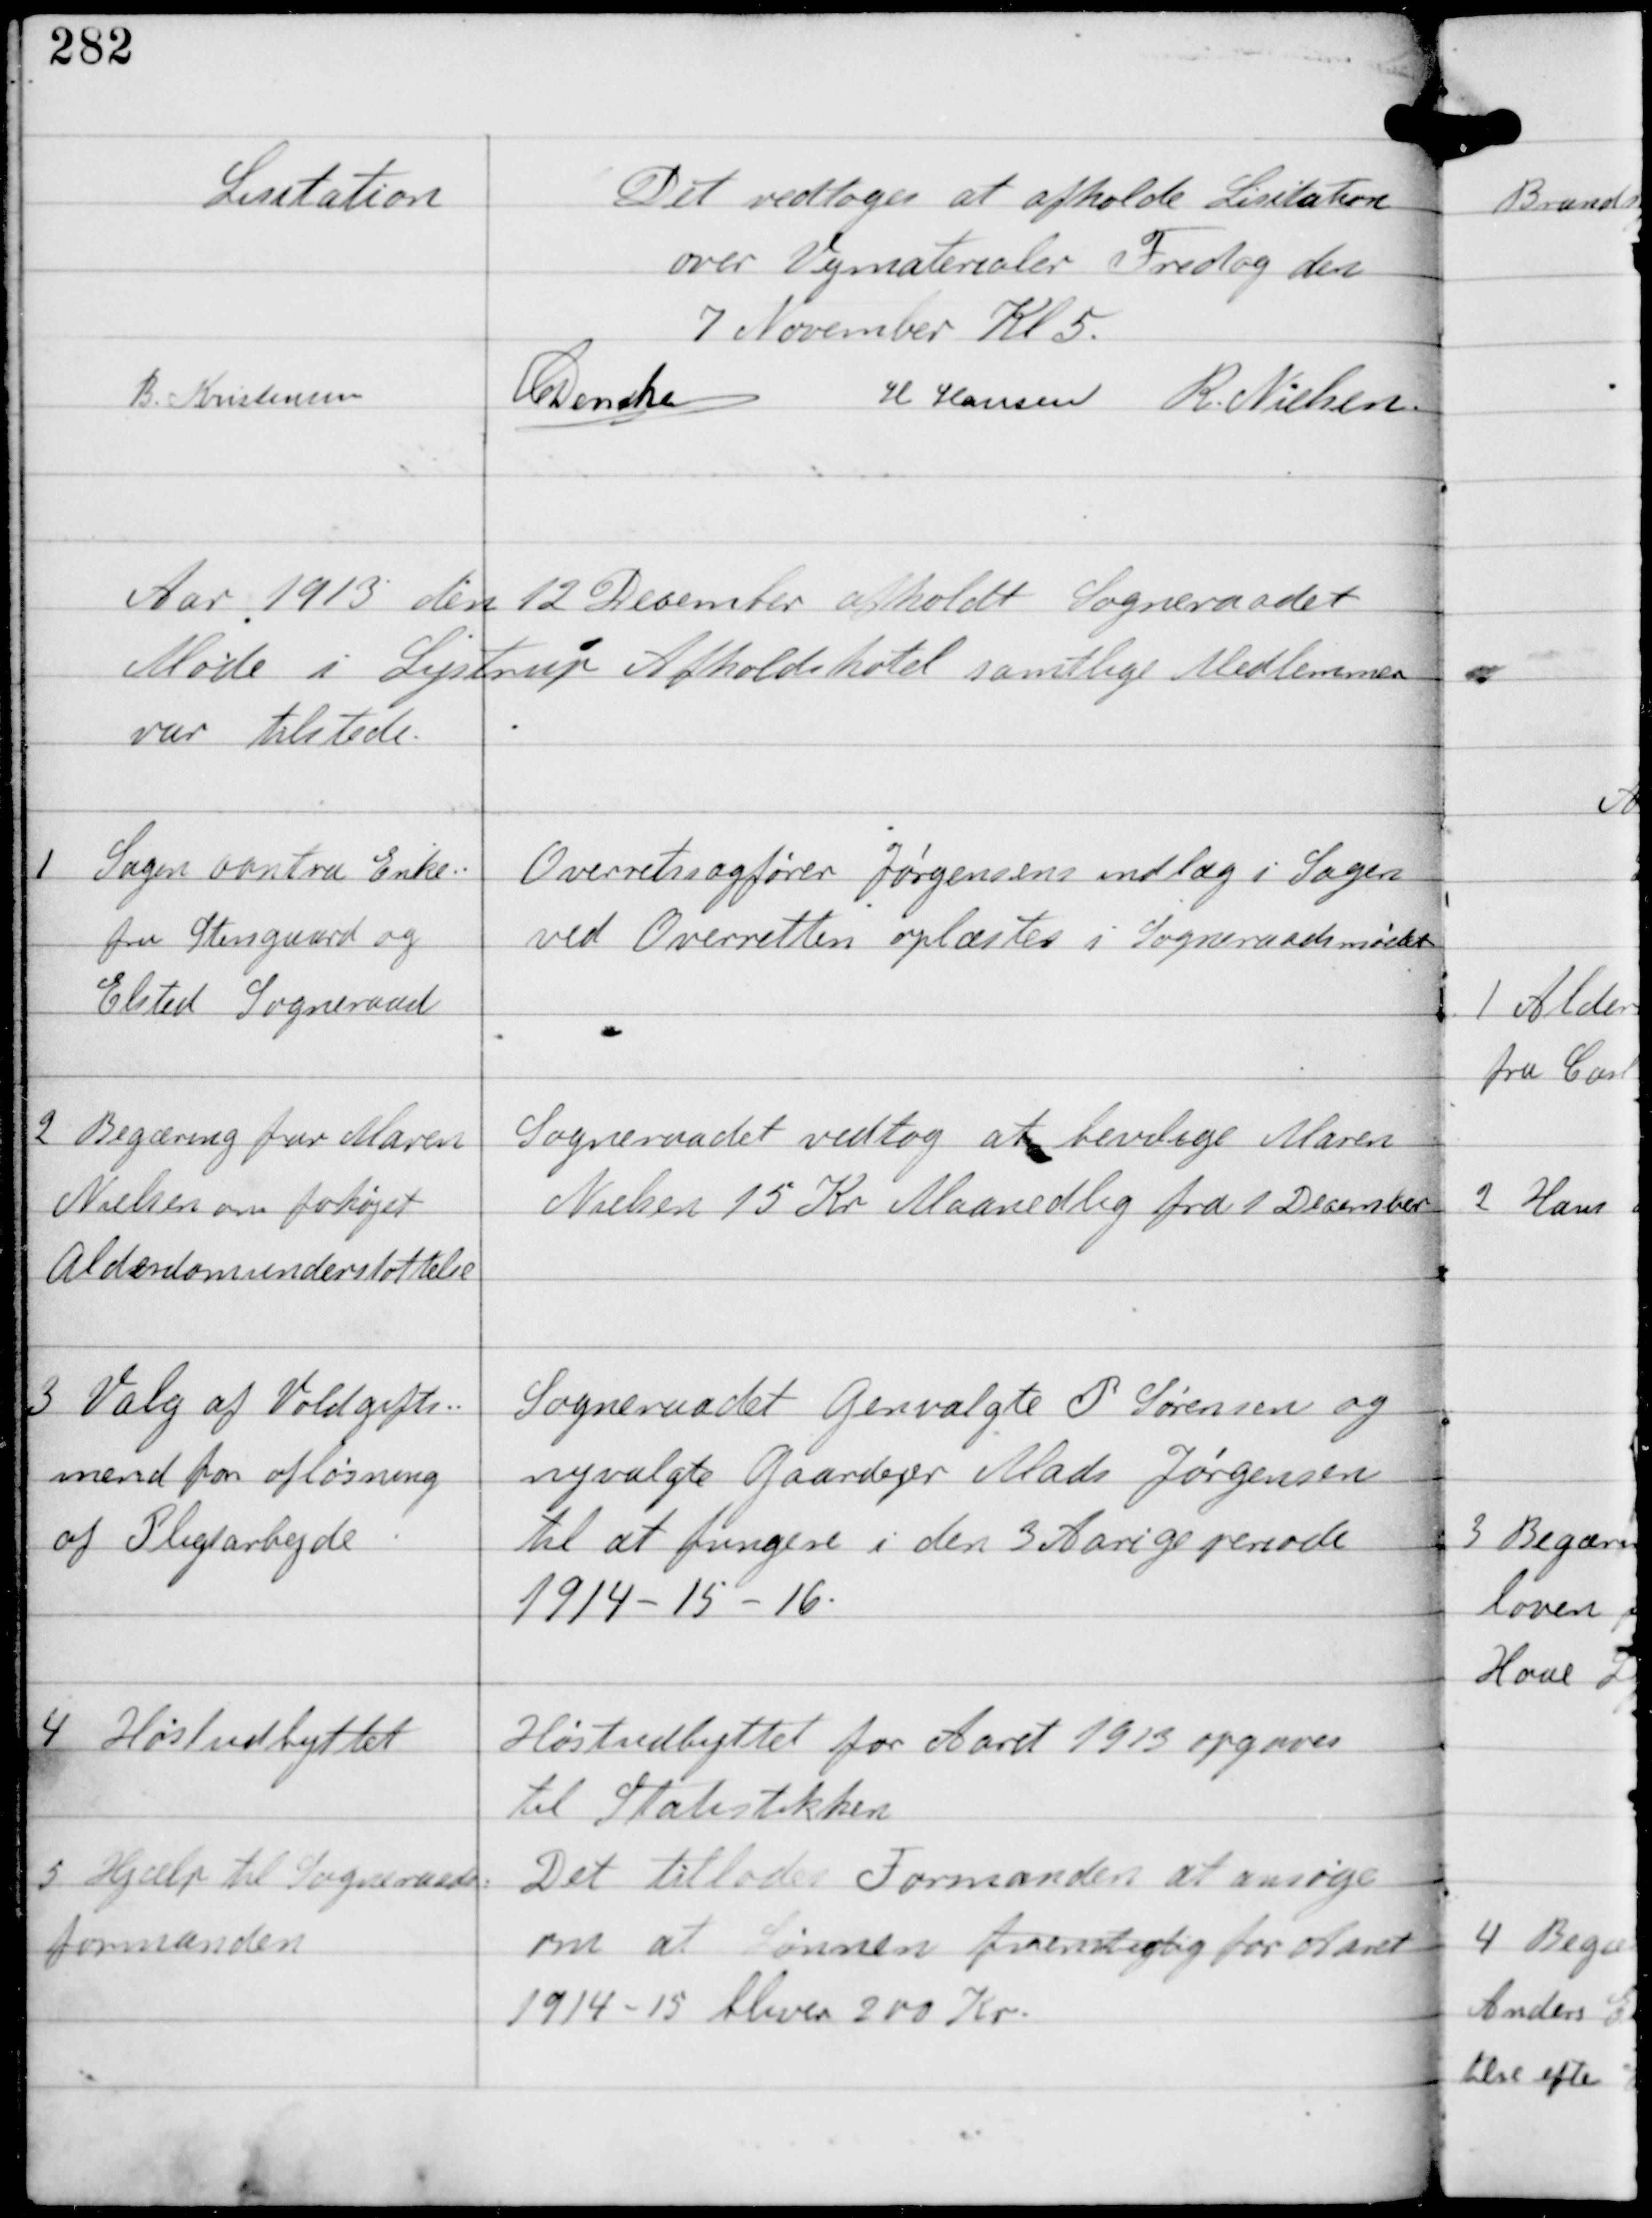
Transskription:
Licitation
Det vedtoges at afholde Licitation
over Vejmaterialer Fredag den
7 Novemver KL 5
B Kristensen
C Dencker H Hansen R Nielsen

Aar 1913 den 12 December afholdt Sogneraadet
Møde i Lystrup Afholdshotel samtlige Medlemmer
var tilstede

1

Sagen contra Enke-
fru Steensgaard og
Elsted Sogneraad

Overretssagfører Jørgensens indlæg i Sagen
ved Overetten oplæstes i Sogneraadsmødet

2

Begæring far Maren
Nielsen om forhøjet
Alderdomsunderstøttelse

Sogneraadet vedtog at bevilige Maren
Nielsen 15 Kr Maanedlig fra 1 December

3

Valg af Voldgifts-
mænd for afløsning
af Pligtarbejde

Sogneraadet Genvalgte P Sørensen og
nyvalgte Gaardejer Mads Jørgensen
til at fungere i den 3 Aarige periode
1914-15-16.

4

Høstudbyttet

Høstudbyttet for Aaret 1913 opgaves
til Statistikken

5

Hjælp til Sogneraads-
formanden

Det tillodes Formanden at ansøge
om at Lønnen fremtidig for Aaret
1914-15 bliver 200 Kr.